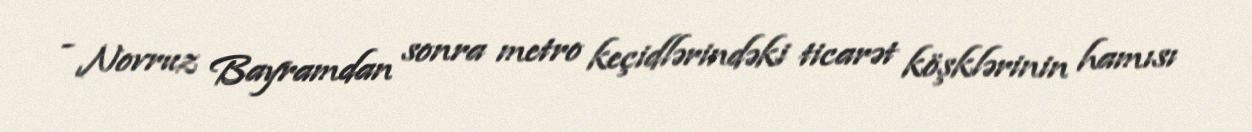
- Novruz Bayramdan sonra metro keçidlərindəki ticarət köşklərinin hamısı